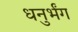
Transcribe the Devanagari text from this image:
धनुर्भंग